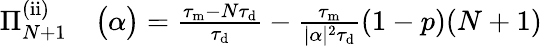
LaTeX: \begin{array}{rl}{\Pi_{N+1}^{\mathrm{(ii)}}}&{{}\big(\alpha\big)=\frac{\tau_{\mathrm{m}}-N\tau_{\mathrm{d}}}{\tau_{\mathrm{d}}}-\frac{\tau_{\mathrm{m}}}{|\alpha|^{2}\tau_{\mathrm{d}}}(1-p)(N+1)}\end{array}